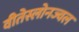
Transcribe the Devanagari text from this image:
वीतेस्लोनज्वल